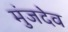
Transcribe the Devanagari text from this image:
मुंजदेव